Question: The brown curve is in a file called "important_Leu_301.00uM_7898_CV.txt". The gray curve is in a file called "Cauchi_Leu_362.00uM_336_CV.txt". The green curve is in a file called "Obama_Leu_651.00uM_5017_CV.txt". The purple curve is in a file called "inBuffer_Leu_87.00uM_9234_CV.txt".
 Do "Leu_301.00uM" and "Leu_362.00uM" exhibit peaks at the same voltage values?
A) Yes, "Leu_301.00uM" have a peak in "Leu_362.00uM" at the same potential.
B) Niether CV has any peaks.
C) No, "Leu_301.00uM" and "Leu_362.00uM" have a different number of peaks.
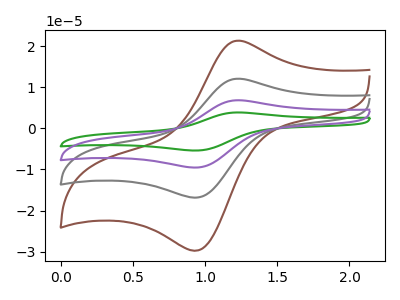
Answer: <think>The brown curve "Leu_301.00uM" has an anodic peak at (1.20V, 21.30uA) and a cathodic peak at (0.95V, -29.70uA). The gray curve "Leu_362.00uM" has an anodic peak at (1.20V, 12.05uA) and a cathodic peak at (0.95V, -16.80uA). The green curve "Leu_651.00uM" has an anodic peak at (1.20V, 36.20uA) and a cathodic peak at (0.95V, -50.45uA). The purple curve "Leu_87.00uM" has an anodic peak at (1.20V, 24.10uA) and a cathodic peak at (0.95V, -33.65uA).</think>
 <answer>A) Yes, "Leu_301.00uM" have a peak in "Leu_362.00uM" at the same potential.</answer>
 <eval>A</eval>